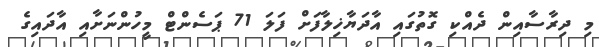
މި ދިރާސާއިން ދެއްކި ގޮތުގައި އާދަޔާޚިލާފަށް ފަލަ 71 ޕަސެންޓް މީހުންނަށާއި އާދައިގެ